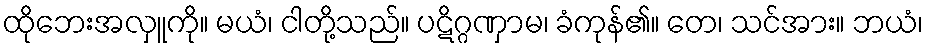
ထိုဘေးအလှူကို။ မယံ၊ ငါတို့သည်။ ပဋိဂ္ဂဏှာမ၊ ခံကုန်၏။ တေ၊ သင်အား။ ဘယံ၊